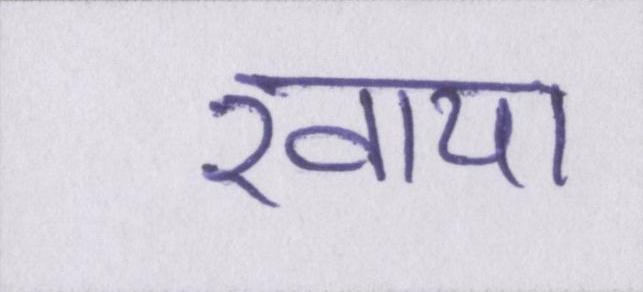
खाया